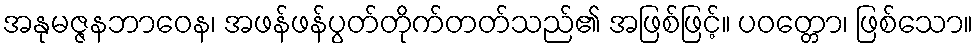
အနုမဇ္ဇနဘာဝေန၊ အဖန်ဖန်ပွတ်တိုက်တတ်သည်၏ အဖြစ်ဖြင့်။ ပဝတ္တော၊ ဖြစ်သော။